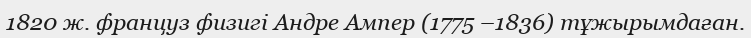
1820 ж. француз физигі Андре Ампер (1775 –1836) тұжырымдаған.